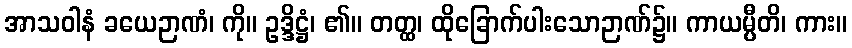
အာသဝါနံ ခယေဉာဏံ၊ ကို။ ဥဒ္ဒိဋ္ဌံ၊ ၏။ တတ္ထ၊ ထိုခြောက်ပါးသောဉာဏ်၌။ ကာယမ္ပီတိ၊ ကား။